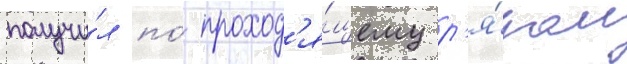
получи́л по́ проход'я́щему р'я́дом